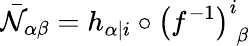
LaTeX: {\bar{\cal N}}_{\alpha\beta}=h_{\alpha\vert i}\circ\left(f^{-1}\right)_{\phantom{i}\beta}^{i}